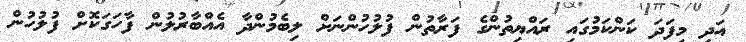
އަދި މިފަދަ ކަންކަމުގައި ރައްޔިތުންގެ ފަރާތުން ފުލުހުންނަށް ލިބެމުންދާ އެއްބާރުލުން ފާހަގަކޮށް ފުލުހުން